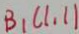
B _ { 1 } ( 1 , 1 )